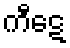
ကီဋေ